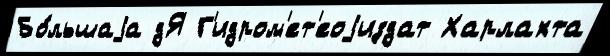
Бо́льшаjа дЯ Г'идром'ет'еоjиздат Харлахта